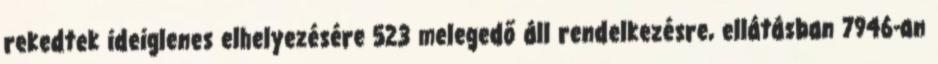
rekedtek ideiglenes elhelyezésére 523 melegedő áll rendelkezésre, ellátásban 7946-an